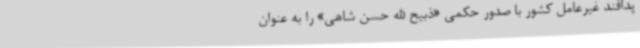
پدافند غیرعامل کشور با صدور حکمی «ذبیح الله حسن شاهی» را به عنوان